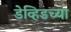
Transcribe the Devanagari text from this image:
डेव्हिडच्या